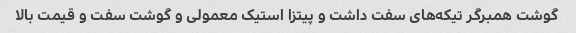
گوشت همبرگر تیکه‌های سفت داشت و پیتزا استیک معمولی و گوشت سفت و قیمت بالا